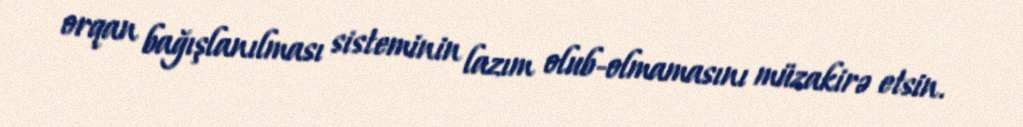
orqan bağışlanılması sisteminin lazım olub-olmamasını müzakirə etsin.